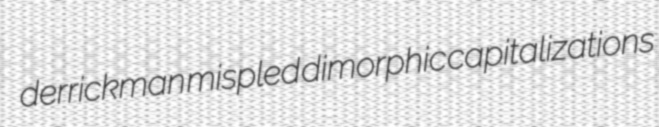
derrickman mispled dimorphic capitalizations